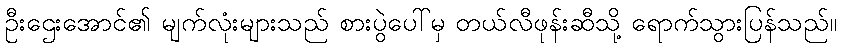
ဦးဌေးအောင်၏ မျက်လုံးများသည် စားပွဲပေါ်မှ တယ်လီဖုန်းဆီသို့ ရောက်သွားပြန်သည်။